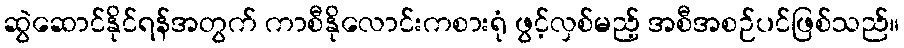
ဆွဲဆောင်နိုင်ရန်အတွက် ကာစီနိုလောင်းကစားရုံ ဖွင့်လှစ်မည့် အစီအစဉ်ပင်ဖြစ်သည်။